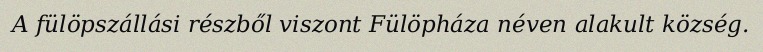
A fülöpszállási részből viszont Fülöpháza néven alakult község.